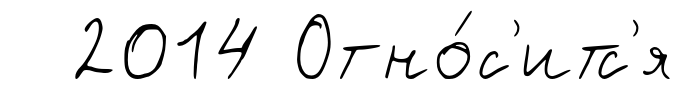
2014 Отно́с'итс'я